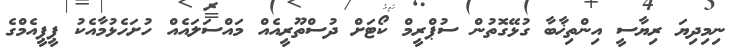
ނިމިދިޔަ ރިޔާސީ އިންތިޚާބާ ގުޅޭގޮތުން ސުޕްރީމް ކޯޓަށް ދުސްތޫރީއެއް މައްސަލައެއް ހުށަހެޅުމާއެކު ޕީޕީއެމްގެ